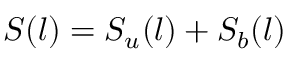
S ( \boldsymbol { l } ) = S _ { u } ( \boldsymbol { l } ) + S _ { b } ( \boldsymbol { l } )